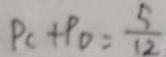
P _ { c } + P _ { D } = \frac { 5 } { 1 2 }